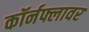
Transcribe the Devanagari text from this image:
कॉर्नफ्लावर